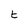
Character: E